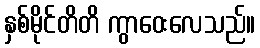
နှစ်မိုင်တိတိ ကွာဝေးလေသည်။